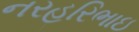
નરહરિભાઇ